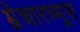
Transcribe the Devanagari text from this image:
म्नेचारच्यूस